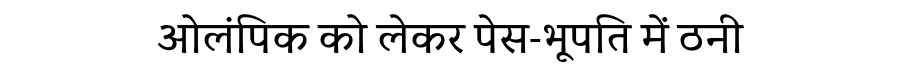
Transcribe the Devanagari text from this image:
ओलंपिक को लेकर पेस-भूपति में ठनी